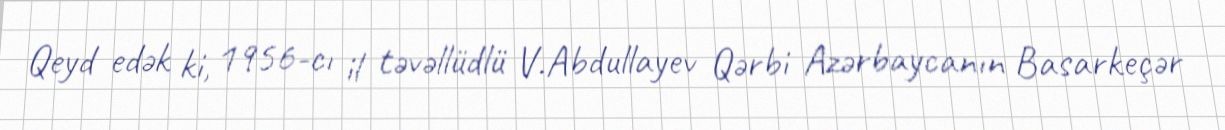
Qeyd edək ki, 1956-cı il təvəllüdlü V.Abdullayev Qərbi Azərbaycanın Basarkeçər